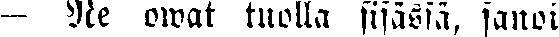
— Ne owat tuolla sisässä, sanoi